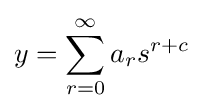
y=\sum _{r=0}^{\infty }{a_{r}s^{r+c}}